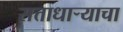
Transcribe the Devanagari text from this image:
सत्ताधार्‍याचा